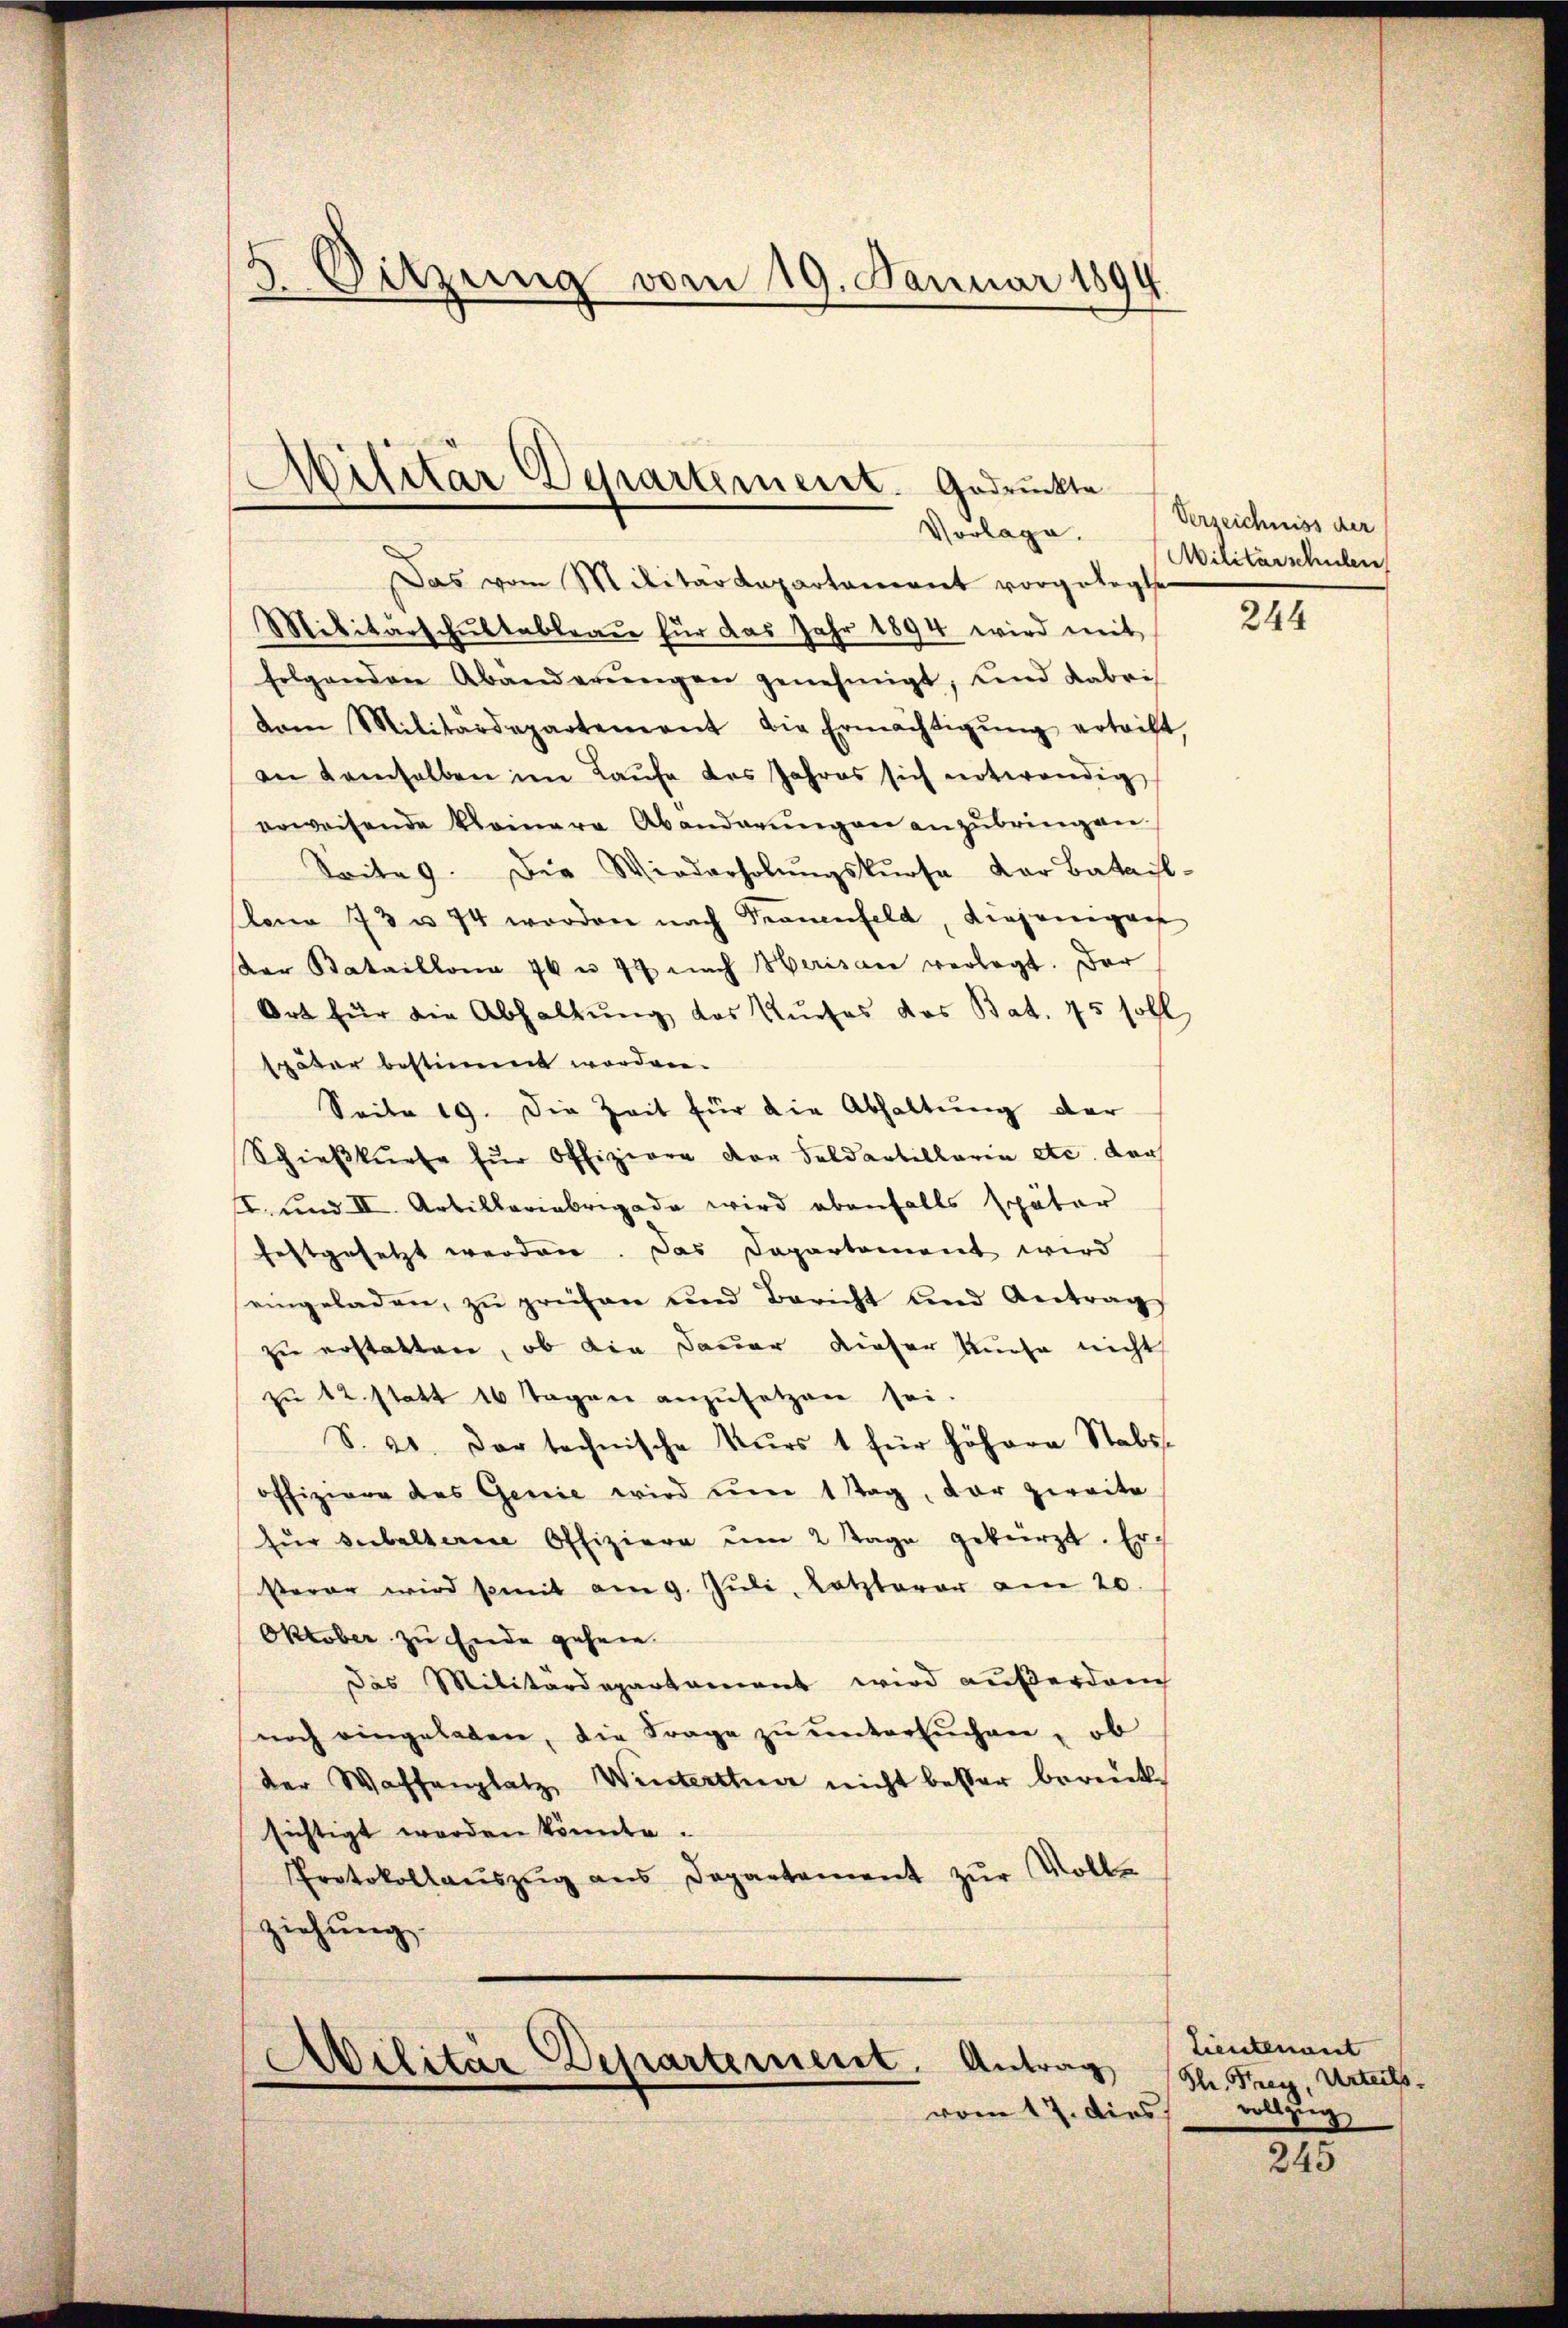
5 Sitzung vom 19. Januar 1894

Das vom Militärdepartament vorgeleg
Militärschultableau für das Jahr 1894 wird mit
folgenden Abänderŭngen genehmigt, und dabei
dem Militärdepartement die Ermächtigŭng ertrift,
an demselben im Laŭfe des Jahres sich notwendig
erweisende kleinera Abanderŭngen anzŭbringen.
Saite 9. Die Wiederholŭngskurse der Batail-
bona 73 u. 74 worden nach Trauenfeld, diejenigens
kar Bataillona 76 u. 77 nach Herisau verlegt. Der
Ort für die Abhaltung des Kurses das Bat. 75 soll
später bestimmt worden.
Seite 19. Die Zeit für die Abhaltung der
Schieβkurse für Offiziere der Feldarbillaria etc. der
I. und II. Artillariabrigade wird ebenfalls später
festgesetzt werden. Das Departement wird
eingeladen, zŭ prüfen und Bericht und Antrags
zu erstatten, ob die Dauer dieser Kuche nicht
zu 12 statt 16 Tagen anzusetzen sei.
S. 21. Der technische Kurs 1 für höhern Stabs-
offiziren des Genie wird um 1 Tag, der zweite
fŭr subalterne Offiziere um 2 Tage gekürzt. Er
Serar wird somit am 9. Juli, Letzterer am 20.
Oktober zu Ende gehein.
das Militärdepartament wird außerdauch
noch eingeleben, die Frage zŭ ŭntersŭchen, ob
der Waffenplatz, Winterttuar nicht besser bereich
sichtigt worden könnte.
Protokollaŭszŭg ans Departement zŭr Volke
ziehung.

Militar Departement. Gedruckte
Vorlage.

Militär Departement. Antrag
vom 17. dies.

Verzeichniss der
Militärschulen

244

Lieutenant
Ple. Freyz, Urteils.
vollzug

245